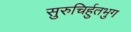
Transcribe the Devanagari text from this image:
सुरुचिर्हुतभुग